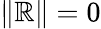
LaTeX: \| \mathbb{R}\| =0